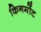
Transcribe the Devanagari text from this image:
किनमोंट